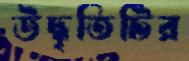
উদ্ধৃতিটির